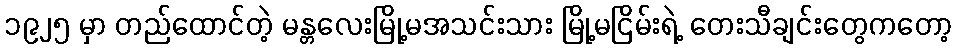
၁၉၂၅ မှာ တည်ထောင်တဲ့ မန္တလေးမြို့မအသင်းသား မြို့မငြိမ်းရဲ့ တေးသီချင်းတွေကတော့